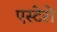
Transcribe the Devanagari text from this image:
एस्टेरो